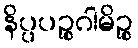
နိပ္ပပဉ္စဂါမိဉ္စ